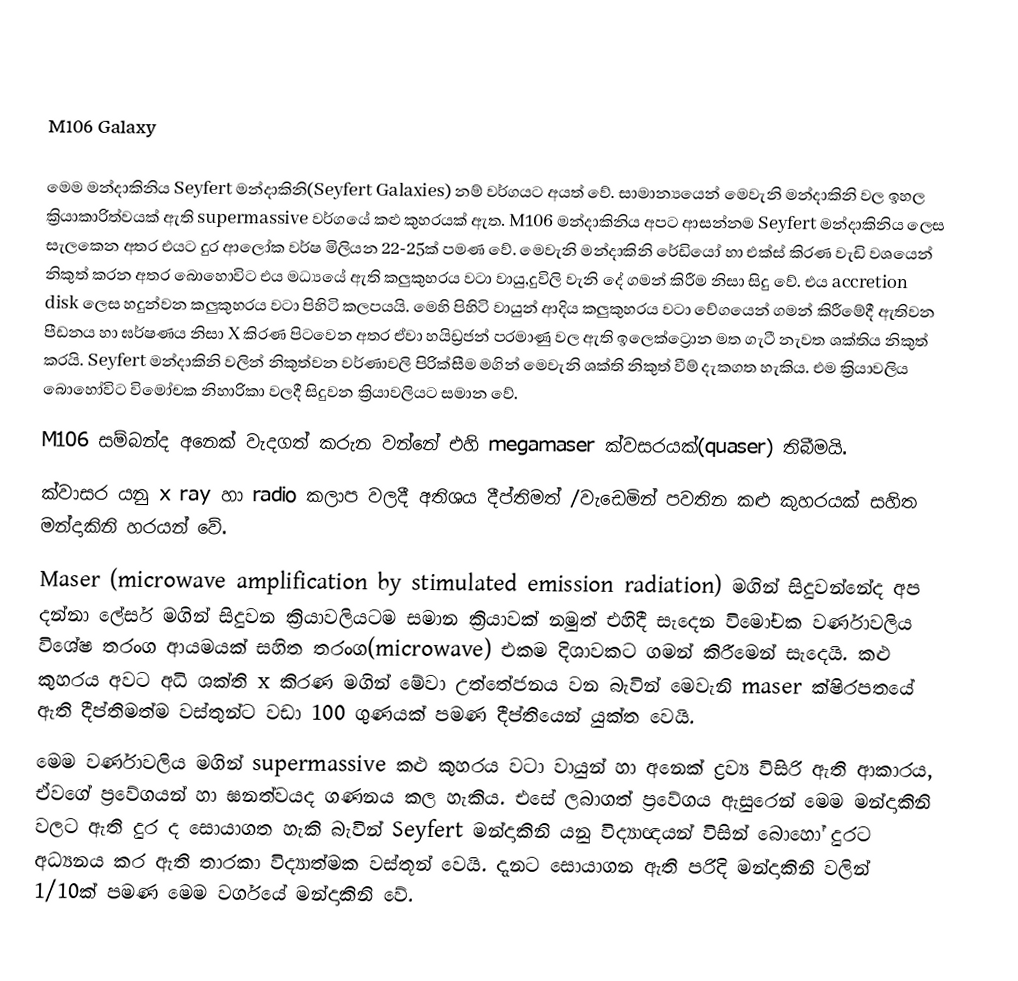

M106 Galaxy

මෙම මන්දාකිනිය Seyfert මන්දාකිනි(Seyfert Galaxies) නම් වර්ගයට අයත් වේ. සාමාන්‍යයෙන් මෙවැනි මන්දාකිනි වල ඉහල ක්‍රියාකාරිත්වයක් ඇති supermassive වර්ගයේ කළු කුහරයක් ඇත. M106 මන්දාකිනිය අපට ආසන්නම Seyfert මන්දාකිනිය ලෙස සැලකෙන අතර එයට දුර ආලෝක වර්ෂ මිලියන 22-25ක්‌ පමණ වේ. මෙවැනි මන්දාකිනි රේඩියෝ හා එක්ස් කිරණ වැඩි වශයෙන් නිකුත් කරන අතර බොහොවිට එය මධ්‍යයේ ඇති කලුකුහරය වටා වායු,දුවිලි වැනි දේ ගමන් කිරීම නිසා සිදු වේ. එය accretion disk ලෙස හදුන්වන කලුකුහරය වටා පිහිටි කලපයයි. මෙහි පිහිටි වායුන් ආදිය කලුකුහරය වටා වේගයෙන් ගමන් කිරීමේදී ඇතිවන පීඩනය හා ඝර්ෂණය නිසා X කිරණ පිටවෙන අතර ඒවා හයිඩ්‍රජන් පරමාණු වල ඇති ඉලෙක්ට්‍රොන මත ගැටී නැවත ශක්තිය නිකුත් කරයි. Seyfert මන්දාකිනි වලින් නිකුත්වන වර්ණාවලි පිරික්සීම මගින් මෙවැනි ශක්ති නිකුත් වීම් දැකගත හැකිය. එම ක්‍රියාවලිය බොහෝවිට විමෝචක නිහාරිකා වලදී සිදුවන ක්‍රියාවලියට සමාන වේ.
M106 සම්බන්ද අනෙක් වැදගත් කරුන වන්නේ එහි megamaser ක්වසරයක්(quaser) තිබීමයි.
ක්වාසර යනු x ray හා radio කලාප වලදී අතිශය දීප්තිමත් /වැඩෙමින් පවතින කළු කුහරයක් සහිත මන්දාකිනි හරයන් වේ.
Maser (microwave amplification by stimulated emission radiation) මගින් සිදුවන්නේද අප දන්නා ලේසර් මගින් සිදුවන ක්‍රියාවලියටම සමාන ක්‍රියාවක් නමුත් එහිදී සැදෙන විමෝචක වර්ණාවලිය විශේෂ තරංග ආයමයක් සහිත තරංග(microwave) එකම දිශාවකට ගමන් කිරීමෙන් සැදෙයි. කළු කුහරය අවට අධි ශක්ති x කිරණ මගින් මේවා උත්තේජනය වන බැවින් මෙවැනි maser ක්ෂිරපතයේ ඇති දීප්තිමත්ම වස්තුන්ට වඩා 100 ගුණයක් පමණ දීප්තියෙන් යුක්ත වෙයි.
මෙම වර්ණාවලිය මගින් supermassive කළු කුහරය වටා වායුන් හා අනෙක් ද්‍රව්‍ය විසිරි ඇති ආකාරය, ඒවගේ ප්‍රවේගයන් හා ඝනත්වයද ගණනය කල හැකිය. එසේ ලබාගත් ප්‍රවේගය ඇසුරෙන් මෙම මන්දාකිනි වලට ඇති දුර ද සොයාගත හැකි බැවින් Seyfert මන්දාකිනි යනු විද්‍යාඥයන් විසින් බොහෝ දුර‍ට අධ්‍යනය කර ඇති තාරකා විද්‍යාත්මක වස්තූන් වෙයි. දැනට සොයාගන ඇති පරිදි මන්දාකිනි වලින් 1/10ක්‌ පමණ මෙම වර්ගයේ මන්දාකිනි වේ.